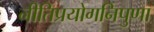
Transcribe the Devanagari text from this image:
नीतिप्रयोगनिपुणा